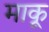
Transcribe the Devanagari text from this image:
माकू